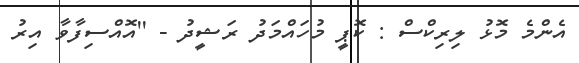
އެންމެ މޮޅު ލިރިކްސް : ކޮޕީ މުހައްމަދު ރަޝީދު - ''އޮއްސިފާވާ އިރު